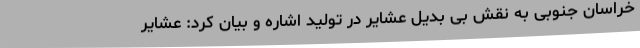
خراسان جنوبی به نقش بی بدیل عشایر در تولید اشاره و بیان کرد: عشایر